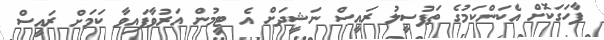
ފާހަގަކޮށް އެކަންކަމުގެ ތަފުސީލު ރައީސް ނަޝީދަށް އެ ޓީމުން އަރުވާފައިވާ ކަމަށް ރައީސް